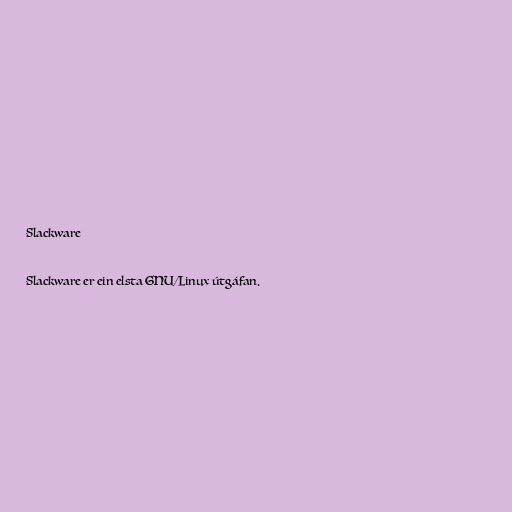
Slackware

Slackware er ein elsta GNU/Linux útgáfan.